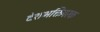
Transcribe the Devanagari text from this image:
देशभक्तिपरक